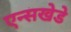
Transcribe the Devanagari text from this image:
एन्सखेडे